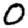
Digit: 0